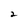
Character: 2